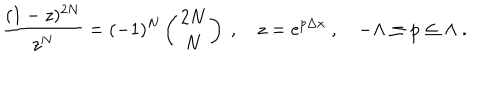
{ \frac { ( 1 - z ) ^ { 2 N } } { z ^ { N } } } = ( - 1 ) ^ { N } \left( \begin{matrix} { { 2 N } } \\ { { N } } \\ \end{matrix} \right) \ , \quad z = e ^ { p \Delta x } \ , \quad - \Lambda \le p \le \Lambda \ .